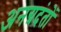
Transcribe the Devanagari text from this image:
अनग्रदंतों